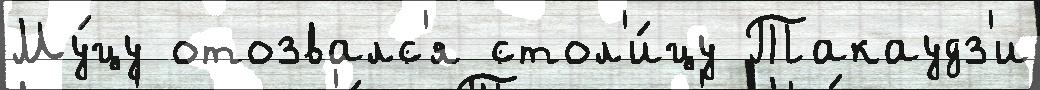
Му́цу отозвалс'я стол'и́цу Такаудз'и